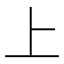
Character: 上